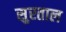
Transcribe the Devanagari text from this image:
सुरताल